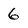
Character: 6